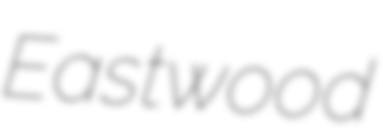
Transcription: Eastwood